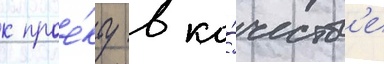
к прое́кту в ка́честв'е